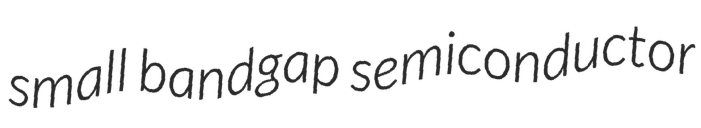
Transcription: small bandgap semiconductor